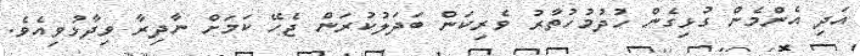
އަދި އެންމެން ގުޅިގެން ހުދުމުހުތާރު ވެރިކަން ބަދަލުކުރަން ޖެހޭ ކަމަށް ނާދިރާ ވިދާޅުވިއެވެ.